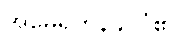
အမေရိကန်နိုင်ငံ၏